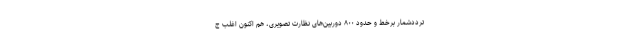
ترددشمار برخط و حدود ۸۰۰ دوربین‌های نظارت تصویری، هم اکنون اغلب ج